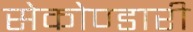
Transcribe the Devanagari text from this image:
सेकोण्डारी